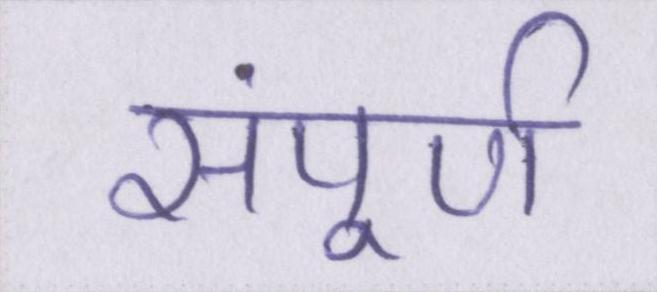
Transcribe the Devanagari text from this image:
संपूर्ण